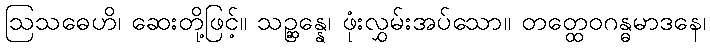
ဩသဓေဟိ၊ ဆေးတို့ဖြင့်။ သဉ္ဆန္နေ၊ ဖုံးလွှမ်းအပ်သော။ တတ္ထေဝဂန္ဓမာဒနေ၊